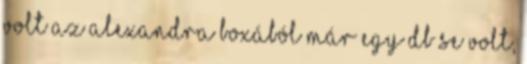
volt Az Alexandra boxából már egy db se volt,